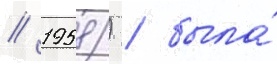
// 1958) / была́